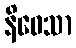
နိဝေသာ